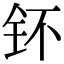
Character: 钚